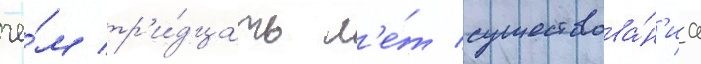
че́м тр'и́дцать л'е́т существова́н'иа